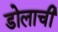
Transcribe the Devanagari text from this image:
डोलाची